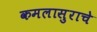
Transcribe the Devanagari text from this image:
कमलासुराचे